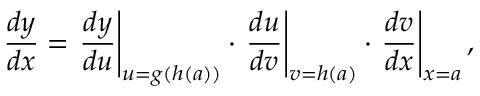
{ \frac { d y } { d x } } = \left. { \frac { d y } { d u } } \right| _ { u = g ( h ( a ) ) } \cdot \left. { \frac { d u } { d v } } \right| _ { v = h ( a ) } \cdot \left. { \frac { d v } { d x } } \right| _ { x = a } ,